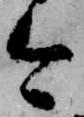
今